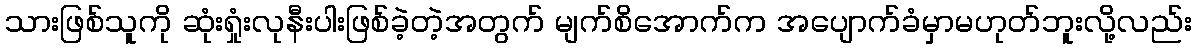
သားဖြစ်သူကို ဆုံးရှုံးလုနီးပါးဖြစ်ခဲ့တဲ့အတွက် မျက်စိအောက်က အပျောက်ခံမှာမဟုတ်ဘူးလို့လည်း